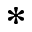
^ \ast